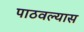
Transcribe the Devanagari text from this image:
पाठवल्‍यास